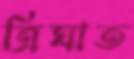
ত্রিঘাত